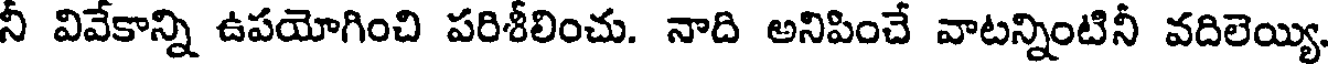
నీ వివేకాన్ని ఉపయోగించి పరిశీలించు. నాది అనిపించే వాటన్నింటినీ వదిలెయ్యి